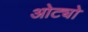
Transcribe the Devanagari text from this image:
ओट्यो